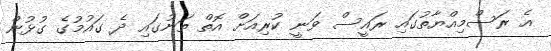
އެ ރަސްމިއްޔާތުގައި ރައީސް ވަނީ ކުރިއަށް އޮތް ތަނުގައި ދެ ގައުމުގެ ގުޅުން